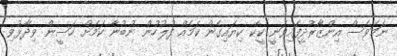
ނަމަވެސް އިންޒާރުދީފައިވަނީ ކީކޭ ކިޔައިގެން ކަމެއް ފުލުހުން ނުބުނާ ކަމަށް ހަސީން ވިދާޅުވި